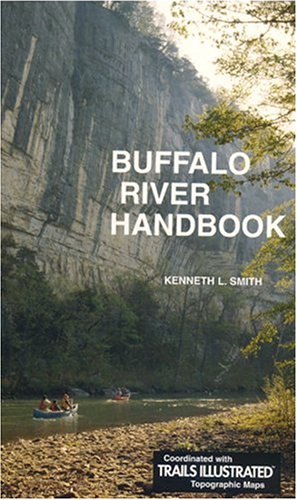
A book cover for BUFFALO RIVER HANDBOOK; SMITH KEN; Sports & Outdoors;